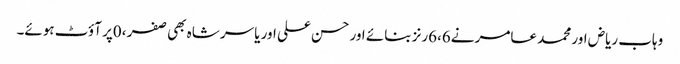
وہاب ریاض اور محمد عامر نے6،6رنز بنائے اور حسن علی اور یاسر شاہ بھی صفر ،0پر آؤٹ ہوئے۔